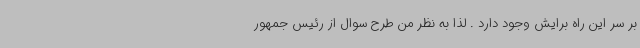
بر سر این راه برایش وجود دارد . لذا به نظر من طرح سوال از رئیس جمهور